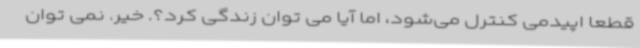
قطعا اپیدمی کنترل می‌شود، اما آیا می توان زندگی کرد؟. خیر. نمی توان